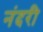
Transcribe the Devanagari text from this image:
नंदरी